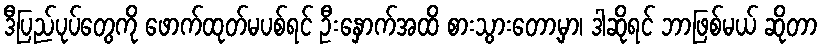
ဒီပြည်ပုပ်တွေကို ဖောက်ထုတ်မပစ်ရင် ဦးနှောက်အထိ စားသွားတော့မှာ၊ ဒါဆိုရင် ဘာဖြစ်မယ် ဆိုတာ